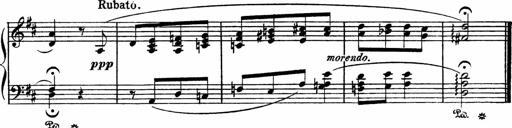
Title: Piano Sonatinas
Composer: Charles Fradel